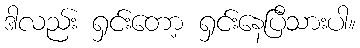
ဒါလည်း ရှင်းတော့ ရှင်းနေပြီသားပါ။